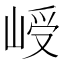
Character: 𪨾